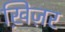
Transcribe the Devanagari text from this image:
ख़िज़र